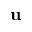
\mathbf u